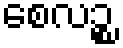
စေလဉ္စ